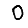
Digit: 0